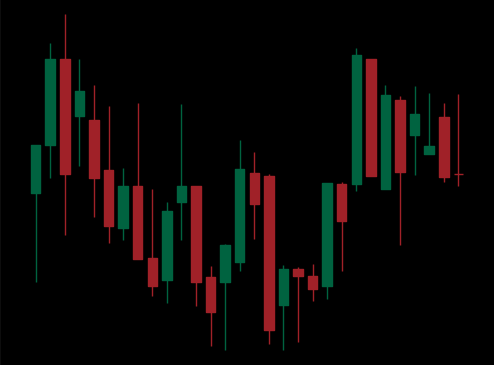
Pattern: unclassified